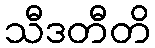
သီဒတီတိ